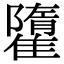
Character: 𩀶